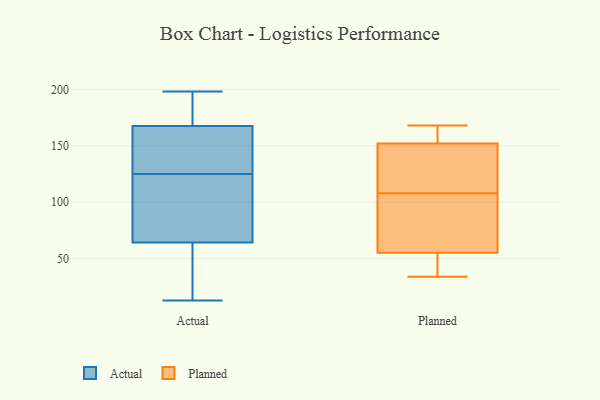
{"axis": {"x": "Energy Usage (MWh)", "y": "Value"}, "legend": ["Actual", "Planned"], "data": [{"x": "", "y": 158, "type": "Actual"}, {"x": "", "y": 72, "type": "Actual"}, {"x": "", "y": 26, "type": "Actual"}, {"x": "", "y": 187, "type": "Actual"}, {"x": "", "y": 171, "type": "Actual"}, {"x": "", "y": 164, "type": "Actual"}, {"x": "", "y": 198, "type": "Actual"}, {"x": "", "y": 169, "type": "Actual"}, {"x": "", "y": 14, "type": "Actual"}, {"x": "", "y": 56, "type": "Actual"}, {"x": "", "y": 67, "type": "Actual"}, {"x": "", "y": 107, "type": "Actual"}, {"x": "", "y": 125, "type": "Actual"}, {"x": "", "y": 167, "type": "Actual"}, {"x": "", "y": 74, "type": "Actual"}, {"x": "", "y": 13, "type": "Actual"}, {"x": "", "y": 166, "type": "Actual"}, {"x": "", "y": 152, "type": "Planned"}, {"x": "", "y": 168, "type": "Planned"}, {"x": "", "y": 62, "type": "Planned"}, {"x": "", "y": 53, "type": "Planned"}, {"x": "", "y": 152, "type": "Planned"}, {"x": "", "y": 39, "type": "Planned"}, {"x": "", "y": 85, "type": "Planned"}, {"x": "", "y": 34, "type": "Planned"}, {"x": "", "y": 46, "type": "Planned"}, {"x": "", "y": 108, "type": "Planned"}, {"x": "", "y": 154, "type": "Planned"}, {"x": "", "y": 103, "type": "Planned"}, {"x": "", "y": 148, "type": "Planned"}, {"x": "", "y": 113, "type": "Planned"}, {"x": "", "y": 167, "type": "Planned"}]}